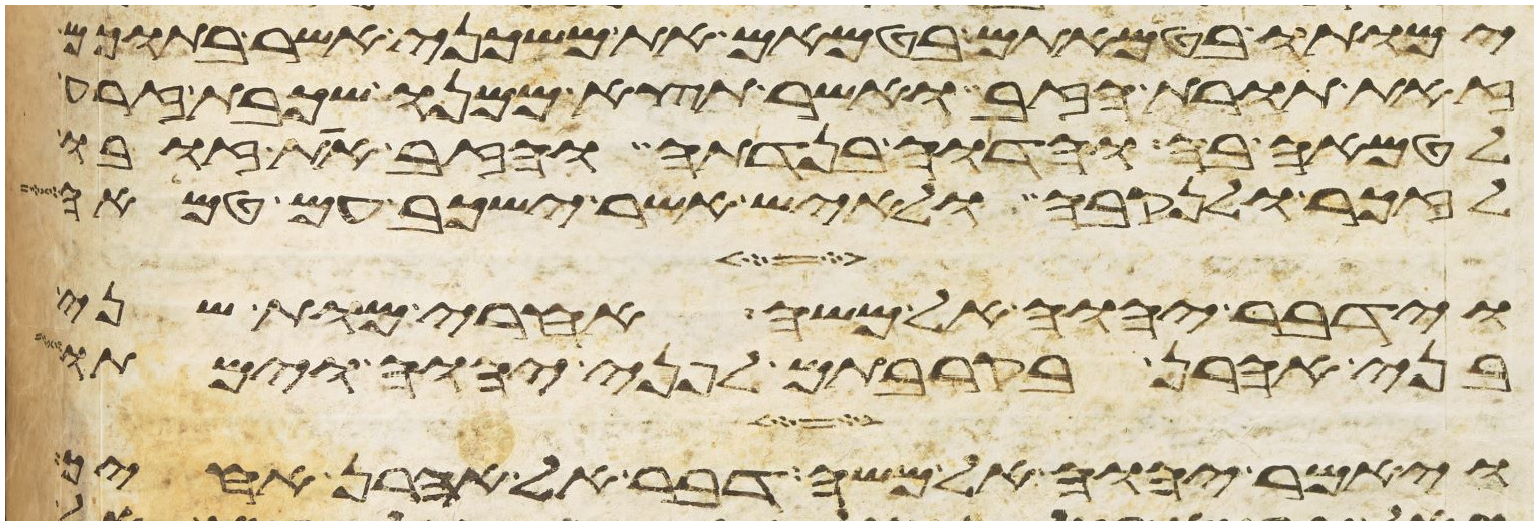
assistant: ימותו בטמאתם בטמאם את משכני אשר בתוכם
זאת תורת הזב ואשר תצא ממנו שכבת זרע
לטמאה בה והדוה בנדתה והזב את זובו
לזכר ולנקבה ולאיש אשר ישכב עם טמאה
וידבר יהוה אל משה אחרי מות שני
בני אהרן בקרבתם לפני יהוה וימתו
ויאמר יהוה אל משה דבר אל אהרן אחיך